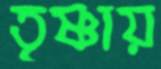
তৃষ্ণায়